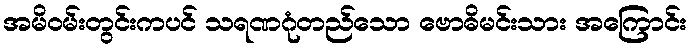
အမိဝမ်းတွင်းကပင် သရဏဂုံတည်သော ဗောဓိမင်းသား အကြောင်း